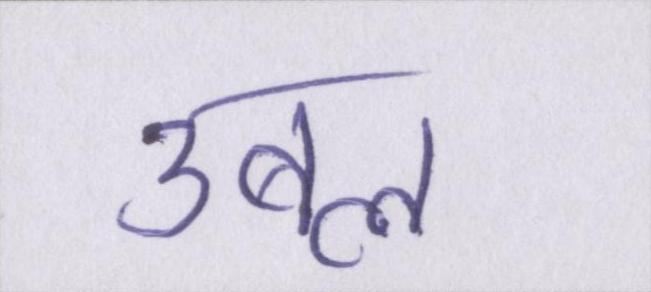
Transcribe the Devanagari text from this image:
उबल